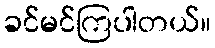
ခင်မင်ကြပါတယ်။